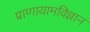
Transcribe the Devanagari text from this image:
प्राणायामविज्ञान